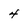
Character: 4